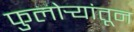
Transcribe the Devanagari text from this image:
फुलोर्‍यांतून